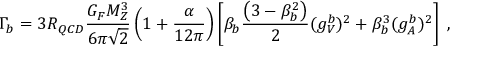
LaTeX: \Gamma _ { b } = 3 R _ { Q C D } { \frac { G _ { F } M _ { Z } ^ { 3 } } { 6 \pi \sqrt 2 } } \left( 1 + { \frac { \alpha } { 1 2 \pi } } \right) \left[ \beta _ { b } { \frac { \left( 3 - \beta _ { b } ^ { 2 } \right) } { 2 } } ( g _ { V } ^ { b } ) ^ { 2 } + \beta _ { b } ^ { 3 } ( g _ { A } ^ { b } ) ^ { 2 } \right] \; ,